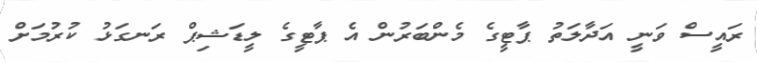
ރައީސް ވަނީ އަދާލަތު ޕާޓީގެ މެންބަރުން އެ ޕާޓީގެ ލީޑަޝިޕް ރަނގަޅު ކުރުމަށް